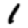
Digit: 1